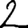
Digit: 2